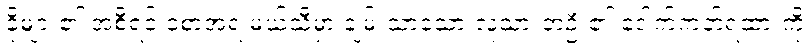
ခိုများ၏ အစီရင် ခံစာအရ မယ်သီမှာ ချမ်းသာသော လူသားတဦး၏ ဒေါက်ကတ်ရထားကို